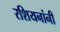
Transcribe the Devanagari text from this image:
रशियनांनी